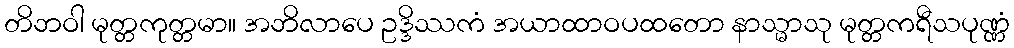
တိဘဝါ မုတ္တကုတ္တမာ။ အဘိလာပေ ဥဒ္ဒိဿကံ အယာထာဝပထတော နာသ္မာသု မုတ္တကရီသပုဏ္ဏံ